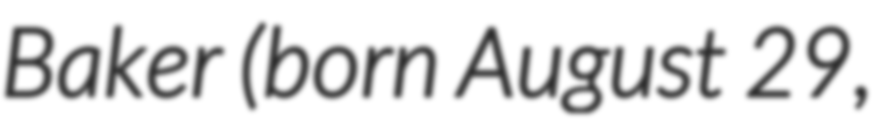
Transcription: Baker (born August 29,